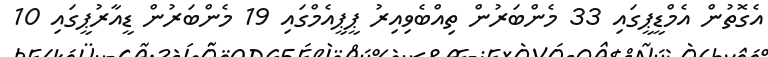
އެގޮތުން އެމްޑީޕީގައި 33 މެންބަރުން ތިއްބެވިއިރު ޕީޕީއެމްގައި 19 މެންބަރުން ޑީއާރުޕީގައި 10